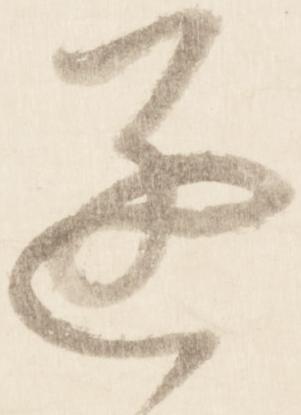
遂